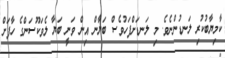
ކާމިޔާބުކުރި ލަނޑުންނެވެ. މި ލަނޑަށްފަހުވެސް ބަޔާން އިން ވަނީ ބަޔާ ލެވަކޫސަންގެ ހާފަށް